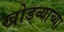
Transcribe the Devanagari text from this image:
खोडव्याच्या